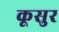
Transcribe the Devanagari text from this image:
कूसुर